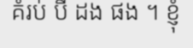
គំរប់ បី ដង ផង ។ ខ្ញុំ